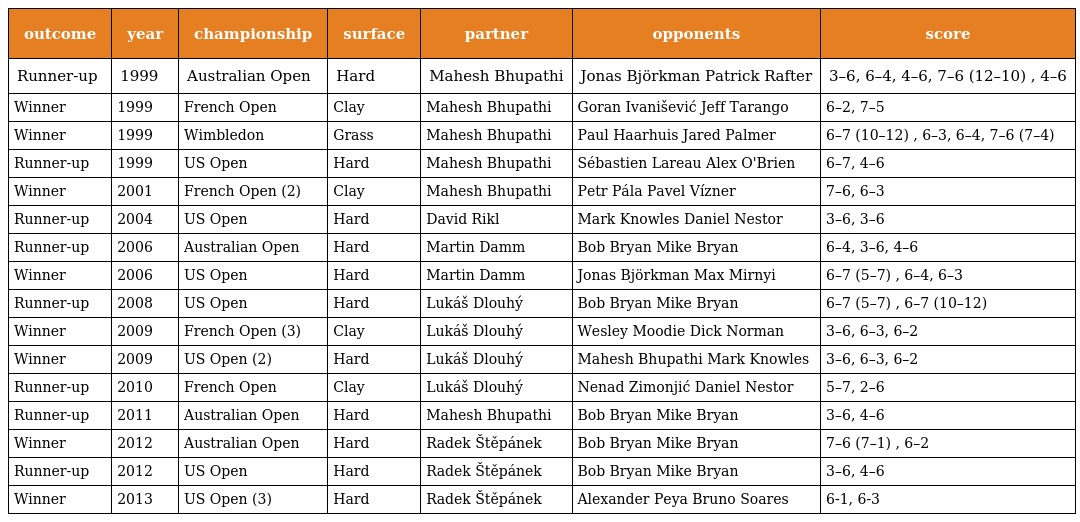
| outcome | year | championship | surface | partner | opponents | score |
 | --- | --- | --- | --- | --- | --- | --- |
 | Runner-up | 1999 | Australian Open | Hard | Mahesh Bhupathi | Jonas Björkman Patrick Rafter | 3–6, 6–4, 4–6, 7–6 (12–10) , 4–6 |
 | Winner | 1999 | French Open | Clay | Mahesh Bhupathi | Goran Ivanišević Jeff Tarango | 6–2, 7–5 |
 | Winner | 1999 | Wimbledon | Grass | Mahesh Bhupathi | Paul Haarhuis Jared Palmer | 6–7 (10–12) , 6–3, 6–4, 7–6 (7–4) |
 | Runner-up | 1999 | US Open | Hard | Mahesh Bhupathi | Sébastien Lareau Alex O'Brien | 6–7, 4–6 |
 | Winner | 2001 | French Open (2) | Clay | Mahesh Bhupathi | Petr Pála Pavel Vízner | 7–6, 6–3 |
 | Runner-up | 2004 | US Open | Hard | David Rikl | Mark Knowles Daniel Nestor | 3–6, 3–6 |
 | Runner-up | 2006 | Australian Open | Hard | Martin Damm | Bob Bryan Mike Bryan | 6–4, 3–6, 4–6 |
 | Winner | 2006 | US Open | Hard | Martin Damm | Jonas Björkman Max Mirnyi | 6–7 (5–7) , 6–4, 6–3 |
 | Runner-up | 2008 | US Open | Hard | Lukáš Dlouhý | Bob Bryan Mike Bryan | 6–7 (5–7) , 6–7 (10–12) |
 | Winner | 2009 | French Open (3) | Clay | Lukáš Dlouhý | Wesley Moodie Dick Norman | 3–6, 6–3, 6–2 |
 | Winner | 2009 | US Open (2) | Hard | Lukáš Dlouhý | Mahesh Bhupathi Mark Knowles | 3–6, 6–3, 6–2 |
 | Runner-up | 2010 | French Open | Clay | Lukáš Dlouhý | Nenad Zimonjić Daniel Nestor | 5–7, 2–6 |
 | Runner-up | 2011 | Australian Open | Hard | Mahesh Bhupathi | Bob Bryan Mike Bryan | 3–6, 4–6 |
 | Winner | 2012 | Australian Open | Hard | Radek Štěpánek | Bob Bryan Mike Bryan | 7–6 (7–1) , 6–2 |
 | Runner-up | 2012 | US Open | Hard | Radek Štěpánek | Bob Bryan Mike Bryan | 3–6, 4–6 |
 | Winner | 2013 | US Open (3) | Hard | Radek Štěpánek | Alexander Peya Bruno Soares | 6-1, 6-3 |